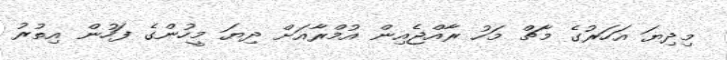
މިދިޔަ އަހަރުގެ މާޗް މަހު ރާއްޖެއިން އުމްރާއަށް ދިޔަ މީހުންގެ ފަހުން އިތުރު